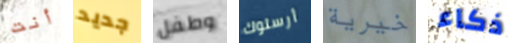
أنت جديد وطفل أرسلوك خيرية ذكاء